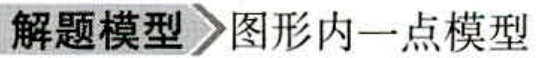
解题模型 \(\rhd\) 图形内一点模型